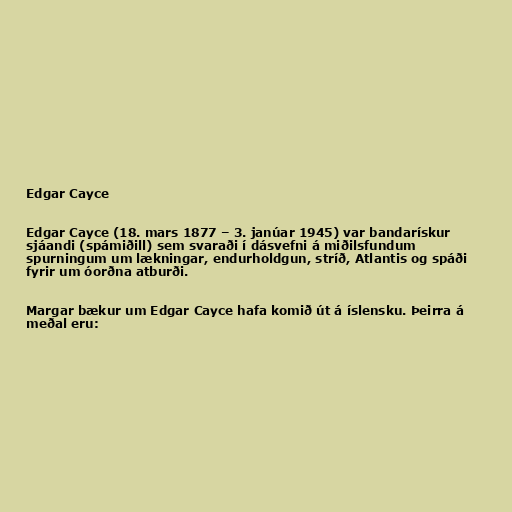
Edgar Cayce

Edgar Cayce (18. mars 1877 – 3. janúar 1945) var bandarískur
sjáandi (spámiðill) sem svaraði í dásvefni á miðilsfundum
spurningum um lækningar, endurholdgun, stríð, Atlantis og spáði
fyrir um óorðna atburði.

Margar bækur um Edgar Cayce hafa komið út á íslensku. Þeirra á
meðal eru: